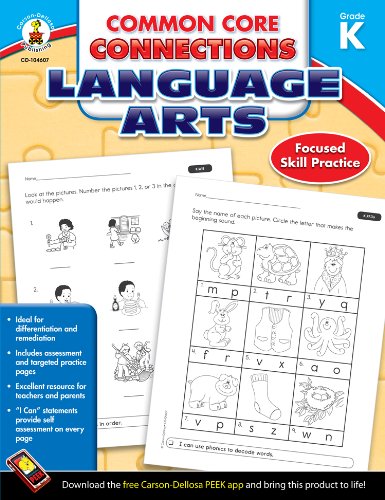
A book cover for Common Core Connections Language Arts, Grade K; Education & Teaching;